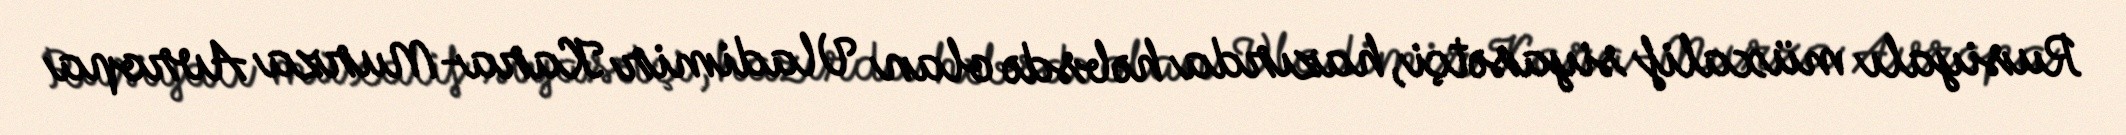
Rusiyalı müxalif siyasətçi, hazırda həbsdə olan Vladimir Kara-Murza Avropa